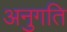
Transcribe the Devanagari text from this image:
अनुगति